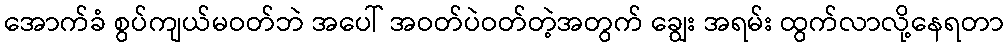
အောက်ခံ စွပ်ကျယ်မဝတ်ဘဲ အပေါ် အဝတ်ပဲဝတ်တဲ့အတွက် ချွေး အရမ်း ထွက်လာလို့နေရတာ